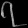
Digit: ၇